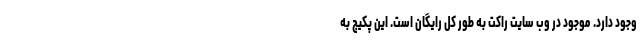
وجود دارد. موجود در وب سایت راکت به طور کل رایگان است. این پکیج به